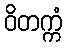
ဝိတက္ကံ